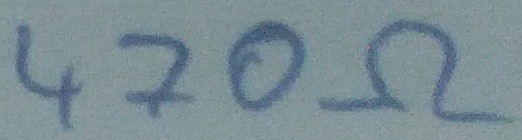
Text: 470Ω